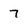
Character: 7